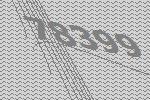
78399